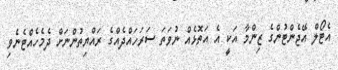
އެޓޯލް އޭޖެންޓުންގެ ޒިންމާ އަކީ އެ އަތޮޅެއް ނުވަތަ ސަރަހައްދެއްގެ ރައްޔިތުންނަށް ދެމެހެއްޓެނެވި